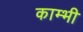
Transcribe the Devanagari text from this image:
काम्भी